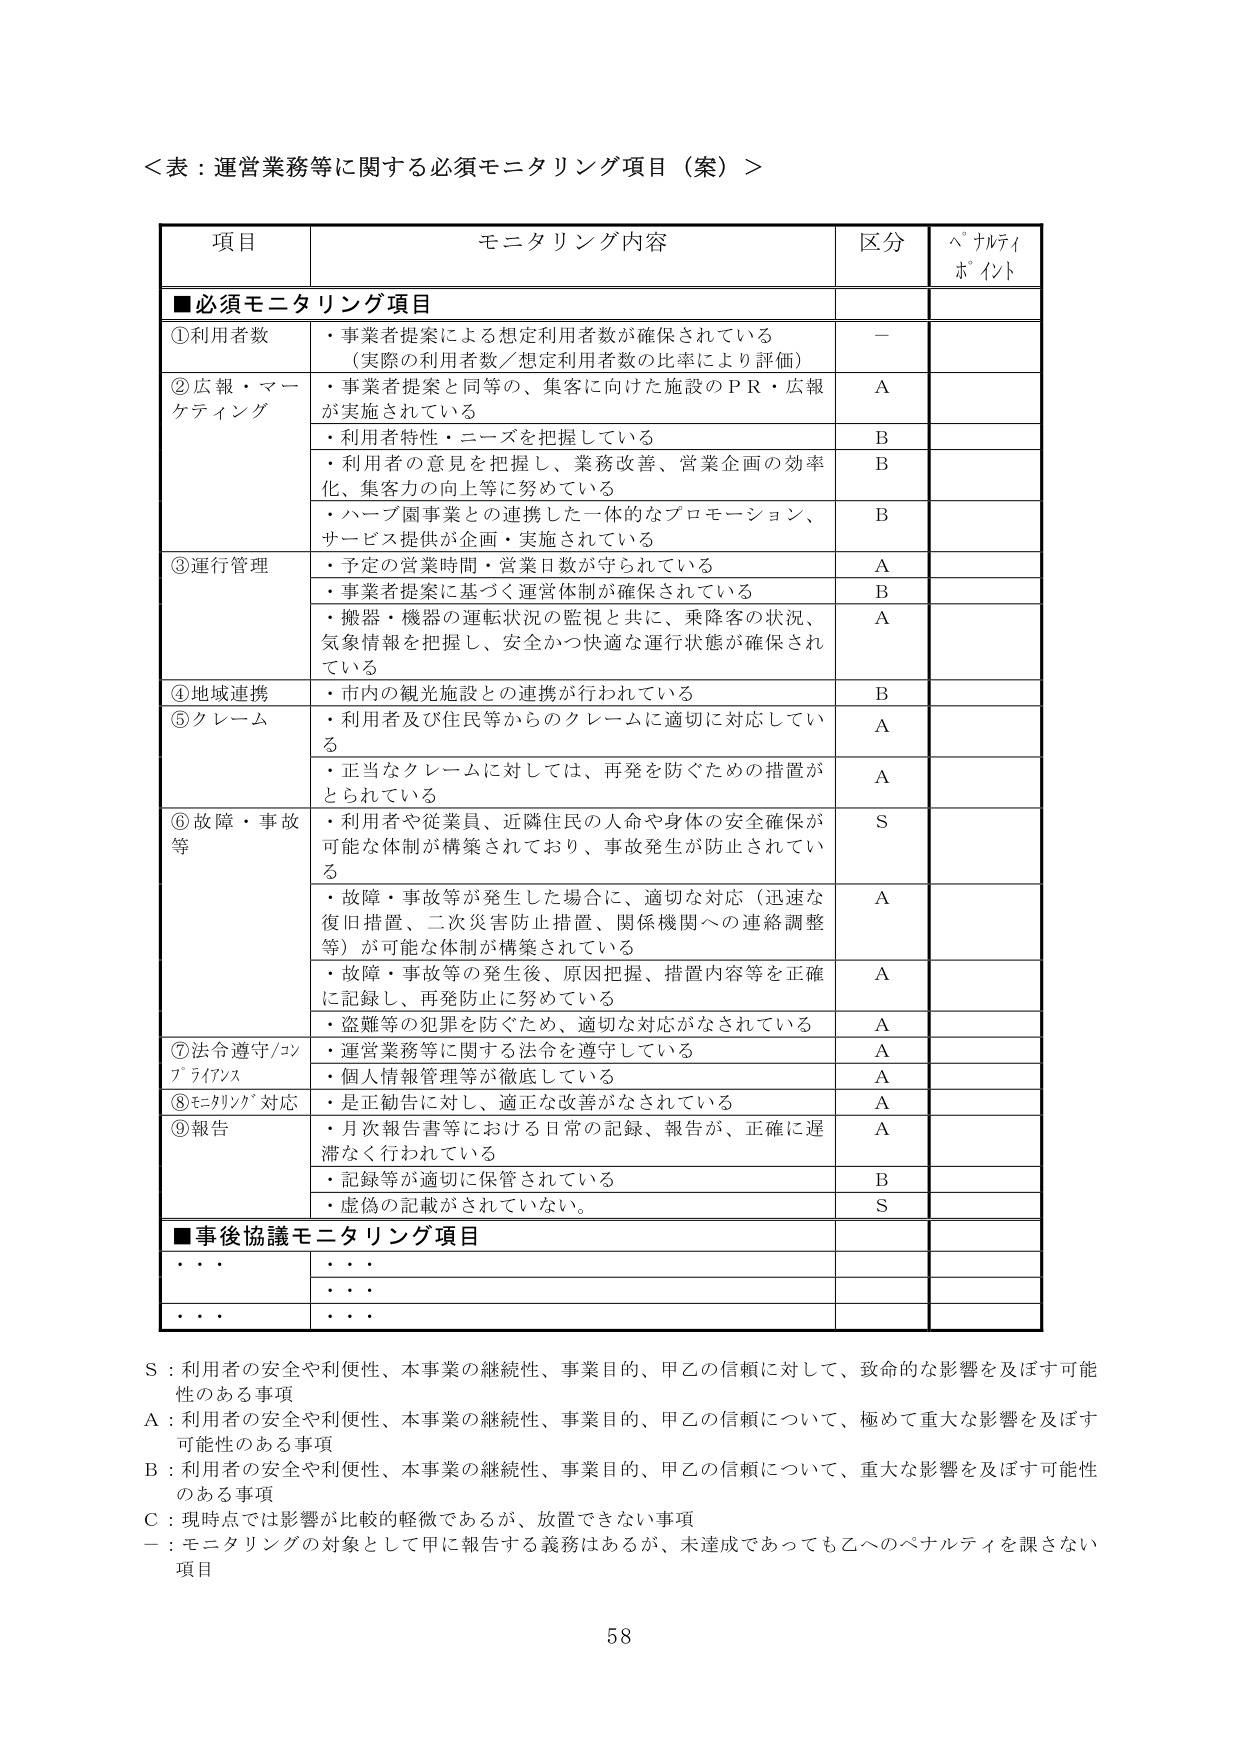
＜表：運営業務等に関する必須モニタリング項目（案）＞

項目 モニタリング内容 区分 ペナルティポイント

■必須モニタリング項目

①利用者数 ・事業者提案による想定利用者数が確保されている （実際の利用者数／想定利用者数の比率により評価） －

②広報・マーケティング ・事業者提案と同等の、集客に向けた施設のＰＲ・広報が実施されている Ａ
・利用者特性・ニーズを把握している Ｂ
・利用者の意見を把握し、業務改善、営業企画の効率化、集客力の向上等に努めている Ｂ
・ハーブ園事業との連携した一体的なプロモーション、サービス提供が企画・実施されている Ｂ

③運行管理 ・予定の営業時間・営業日数が守られている Ａ
・事業者提案に基づく運営体制が確保されている Ｂ
・搬器・機器の運転状況の監視と共に、乗降客の状況、気象情報を把握し、安全かつ快適な運行状態が確保されている Ａ

④地域連携 ・市内の観光施設との連携が行われている Ｂ

⑤クレーム ・利用者及び住民等からのクレームに適切に対応している Ａ
・正当なクレームに対しては、再発を防ぐための措置がとられている Ａ

⑥故障・事故等 ・利用者や従業員、近隣住民の人身や身体の安全確保が可能な体制が構築されており、事故発生が防止されている Ｓ
・故障・事故等が発生した場合に、適切な対応（迅速な復旧措置、二次災害防止措置、関係機関への連絡調整等）が可能な体制が構築されている Ａ
・故障・事故等の発生後、原因把握、措置内容等を正確に記録し、再発防止に努めている Ａ
・盗難等の犯罪を防ぐため、適切な対応がなされている Ａ

⑦法令遵守/コンプライアンス ・運営業務等に関する法令を遵守している Ａ
・個人情報管理等が徹底している Ａ

⑧モニタリング対応 ・是正勧告に対し、適正な改善がなされている Ａ

⑨報告 ・月次報告書等における日常の記録、報告が、正確に遅滞なく行われている Ａ
・記録等が適切に保管されている Ｂ
・虚偽の記載がされていない。 Ｓ

■事後協議モニタリング項目
・・・・ ・・・・
・・・・ ・・・・
・・・・ ・・・・

Ｓ：利用者の安全や利便性、本事業の継続性、事業目的、甲乙の信頼に対して、致命的な影響を及ぼす可能性のある事項
Ａ：利用者の安全や利便性、本事業の継続性、事業目的、甲乙の信頼について、極めて重大な影響を及ぼす可能性のある事項
Ｂ：利用者の安全や利便性、本事業の継続性、事業目的、甲乙の信頼について、重大な影響を及ぼす可能性のある事項
Ｃ：現時点では影響が比較的軽微であるが、放置できない事項
－：モニタリングの対象として甲に報告する義務はあるが、未達成であっても乙へのペナルティを課さない項目

58